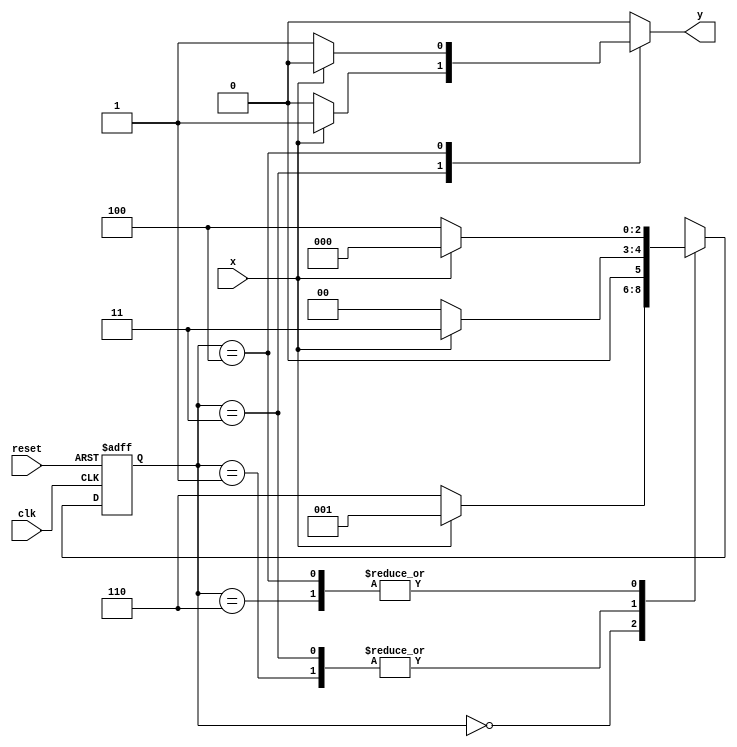
// ---------------------
// Guia 10 - Exercicio 04 - Mealy - FSM capaz de identificar uma sequncia de trs bits alternados (111) ou (000).
// Nome: Thaise Souto Martins - 395504
// ---------------------

// -------------------
// --- Mealy FSM
// --- seq: 000 ou 111
// -------------------


// constant definitions
`define found    1
`define notfound 0

// FSM by Mealy
module exercicio04_seq000_111 ( y, x, clk, reset );

	output y;
	input  x;
	input  clk;
	input  reset;

	reg    y;

	parameter         // state identifiers 
		start  = 3'b000,
		id1    = 3'b001,
		id11   = 3'b011,
		id0    = 3'b110,
		id00   = 3'b100;

	reg [2:0] E1;	// current state variables
	reg [2:0] E2;	// next state logic output

	// next state logic
   always @( x or E1 )
		begin
		y = `notfound;

		case ( E1 )
			start:
				if ( x )
					E2 = id1;
				else
					E2 = id0;
				
			id1:
				if ( x )
					E2 = id11;
				else
					E2 = start;

			id11:
				if ( x )
				begin
					E2 =  id11;
					y  = `found;
				end
				else
				begin
					E2 =  start;
					y  = `notfound;
				end
			
			id0:
				if ( x )
					E2 = start;
				else
					E2 = id00;

			id00:
				if ( x )
				begin
					E2 =  start;
					y  = `notfound;
				end
				else
				begin
					E2 =  id00;
					y  = `found;
				end
	 
			default:   // undefined state
				E2 =  3'bxxx;
		endcase
	  
		end // always at signal or state changing
		

	// state variables
		always @( posedge clk or negedge reset )
		begin
			if ( reset )
				E1 = E2;    // updates current state
			else
				E1 = 0;     // reset
		end // always at signal changing

endmodule // exercicio04_seq000_111

module Exercicio04;
	
	reg   clk, reset, x;
	wire  m1;

	exercicio04_seq000_111 M5 ( m1, x, clk, reset );

	initial
	begin
		$display("Guia 10 - Thaise Souto Martins - 395504");
		$display("\nTime\tX   Seq 000|111" );

	// initial values
       clk   = 1;
       reset = 0;
       x     = 0;

	// input signal changing
		#10   reset = 1;
		#10  x = 1;
		#10  x = 0;
		#10  x = 0;
		#10  x = 1;
		#10  x = 0;
		#10  x = 1;
		#10  x = 1;
		#10  x = 1;
		#10  x = 1;
		#10  x = 0;
		#10  x = 1;
		#10  x = 1;
		#10  x = 1;
		#10  x = 0;
		#10  x = 1;
		#10  x = 0;
		#10  x = 0;
		#10  x = 0;
		
		#5 $finish;
	
	end // initial

	always
		#5 clk = ~clk;

	always @( posedge clk )
	begin
		$display ( "%4d \t%b\t%b", $time, x, m1);
	end // always at positive edge clocking changing

endmodule